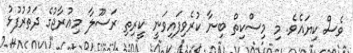
ވެސް ކިޔައެވެ. މި މިސްކިތް ބިނާ ކުރެވިފައިވަނީ ކީރިތި ރަސޫލާ މިޢުރާޖުގެ ދަތުރުފުޅު